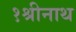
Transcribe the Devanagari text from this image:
१श्रीनाथ